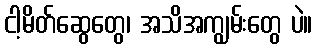
ငါ့မိတ်ဆွေတွေ၊ အသိအကျွမ်းတွေ ပဲ။